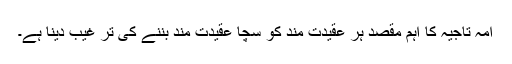
امہ تاجیہ کا اہم مقصد ہر عقیدت مند کو سچا عقیدت مند بننے کی تر غیب دینا ہے۔